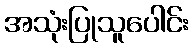
အသုံးပြုသူပေါင်း